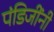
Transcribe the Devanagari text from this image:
पंडिजींनी